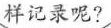
样记录呢?